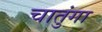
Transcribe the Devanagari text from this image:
चातुंगा